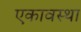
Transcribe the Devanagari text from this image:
एकावस्था